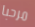
مرحبا